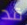
قد